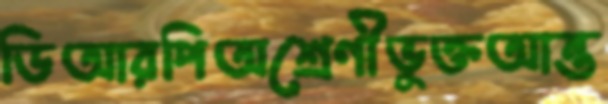
ডিআরপিঅশ্রেণীভুক্তআন্ত